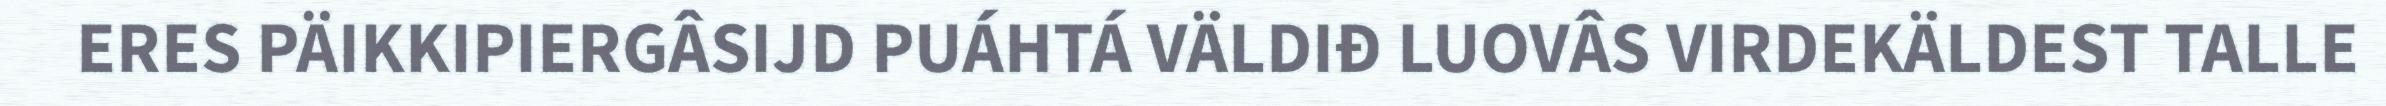
ERES PÄIKKIPIERGÂSIJD PUÁHTÁ VÄLDIĐ LUOVÂS VIRDEKÄLDEST TALLE